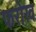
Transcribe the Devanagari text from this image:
फरोख